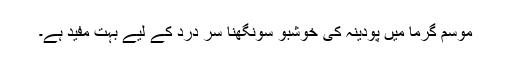
موسم گرما میں پودینہ کی خوشبو سونگھنا سر درد کے لیے بہت مفید ہے۔